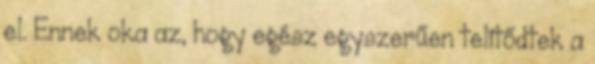
el. Ennek oka az, hogy egész egyszerűen telítődtek a